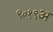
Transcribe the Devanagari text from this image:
९०१९अ